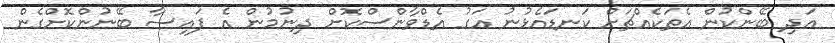
އަދި ބޭންކުން އެތަކެއްޗަށް ކަނޑައެޅުނު އަގު އެޑްވާންސްކޮށް ދިނުމުން އެ ފައިސާ ބޭނުންކޮށްގެން